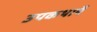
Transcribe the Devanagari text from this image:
उपकथायें